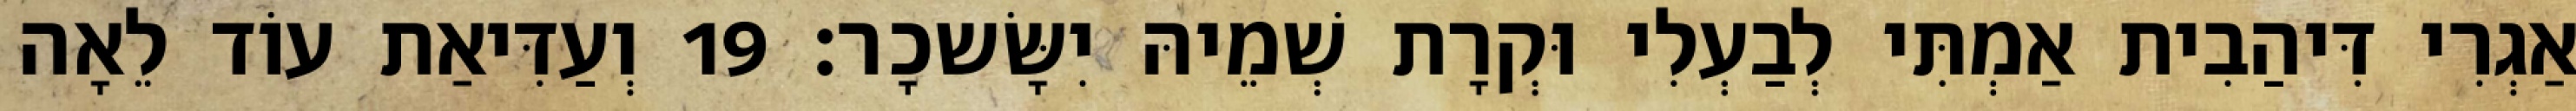
אַגְרִי דִּיהַבִית אַמְתִּי לְבַעְלִי וּקְרָת שְׁמֵיהּ יִשָּׂשכָר׃ 19 וְעַדִּיאַת עוֹד לֵאָה